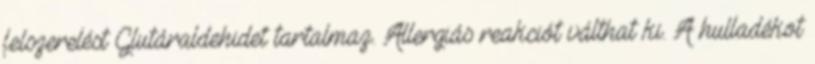
felszerelést Glutáraldehidet tartalmaz. Allergiás reakciót válthat ki. A hulladékot